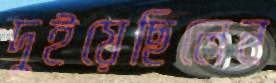
দুইয়েছিলেন